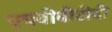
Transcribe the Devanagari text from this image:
एचबीबीटीवी